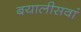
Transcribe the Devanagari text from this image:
बयालीसवां